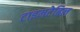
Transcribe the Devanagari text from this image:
टाइमटेबिल